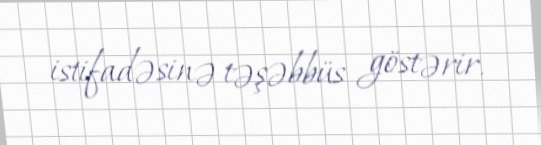
istifadəsinə təşəbbüs göstərir.